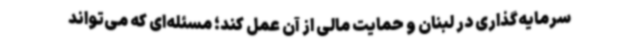
سرمایه‌گذاری در لبنان و حمایت مالی از آن عمل کند؛ مسئله‌ای که می‌تواند